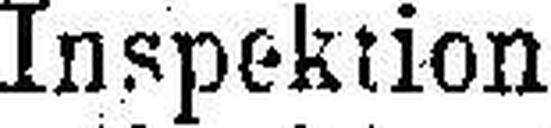
Inspektion